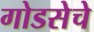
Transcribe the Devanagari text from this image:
गोडसेचे